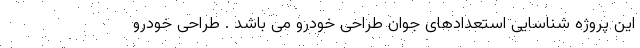
این پروژه شناسایی استعدادهای جوان طراحی خودرو می باشد . طراحی خودرو